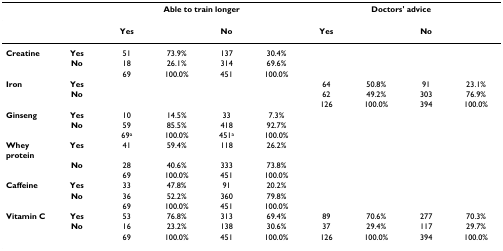
<table><thead><tr><td></td><td></td><td colspan="4"><b>Able to train longer</b></td><td colspan="4"><b>Doctors&#x27; advice</b></td></tr></thead><tbody><tr><td></td><td></td><td><b>Yes</b></td><td></td><td><b>No</b></td><td></td><td><b>Yes</b></td><td></td><td><b>No</b></td><td></td></tr><tr><td><b>Creatine</b></td><td><b>Yes</b></td><td>51</td><td>73.9%</td><td>137</td><td>30.4%</td><td></td><td></td><td></td><td></td></tr><tr><td></td><td><b>No</b></td><td>18</td><td>26.1%</td><td>314</td><td>69.6%</td><td></td><td></td><td></td><td></td></tr><tr><td></td><td></td><td>69</td><td>100.0%</td><td>451</td><td>100.0%</td><td></td><td></td><td></td><td></td></tr><tr><td><b>Iron</b></td><td><b>Yes</b></td><td></td><td></td><td></td><td></td><td>64</td><td>50.8%</td><td>91</td><td>23.1%</td></tr><tr><td></td><td><b>No</b></td><td></td><td></td><td></td><td></td><td>62</td><td>49.2%</td><td>303</td><td>76.9%</td></tr><tr><td></td><td></td><td></td><td></td><td></td><td></td><td>126</td><td>100.0%</td><td>394</td><td>100.0%</td></tr><tr><td><b>Ginseng</b></td><td><b>Yes</b></td><td>10</td><td>14.5%</td><td>33</td><td>7.3%</td><td></td><td></td><td></td><td></td></tr><tr><td></td><td><b>No</b></td><td>59</td><td>85.5%</td><td>418</td><td>92.7%</td><td></td><td></td><td></td><td></td></tr><tr><td></td><td></td><td>69<sup>a</sup></td><td>100.0%</td><td>451<sup>a</sup></td><td>100.0%</td><td></td><td></td><td></td><td></td></tr><tr><td><b>Whey protein</b></td><td><b>Yes</b></td><td>41</td><td>59.4%</td><td>118</td><td>26.2%</td><td></td><td></td><td></td><td></td></tr><tr><td></td><td><b>No</b></td><td>28</td><td>40.6%</td><td>333</td><td>73.8%</td><td></td><td></td><td></td><td></td></tr><tr><td></td><td></td><td>69</td><td>100.0%</td><td>451</td><td>100.0%</td><td></td><td></td><td></td><td></td></tr><tr><td><b>Caffeine</b></td><td><b>Yes</b></td><td>33</td><td>47.8%</td><td>91</td><td>20.2%</td><td></td><td></td><td></td><td></td></tr><tr><td></td><td><b>No</b></td><td>36</td><td>52.2%</td><td>360</td><td>79.8%</td><td></td><td></td><td></td><td></td></tr><tr><td></td><td></td><td>69</td><td>100.0%</td><td>451</td><td>100.0%</td><td></td><td></td><td></td><td></td></tr><tr><td><b>Vitamin C</b></td><td><b>Yes</b></td><td>53</td><td>76.8%</td><td>313</td><td>69.4%</td><td>89</td><td>70.6%</td><td>277</td><td>70.3%</td></tr><tr><td></td><td><b>No</b></td><td>16</td><td>23.2%</td><td>138</td><td>30.6%</td><td>37</td><td>29.4%</td><td>117</td><td>29.7%</td></tr><tr><td></td><td></td><td>69</td><td>100.0%</td><td>451</td><td>100.0%</td><td>126</td><td>100.0%</td><td>394</td><td>100.0%</td></tr></tbody></table>